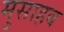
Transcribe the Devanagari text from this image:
मुसाहब